Vaccination in Bombay 1889-1901 - 1889-1901
Year: 1889
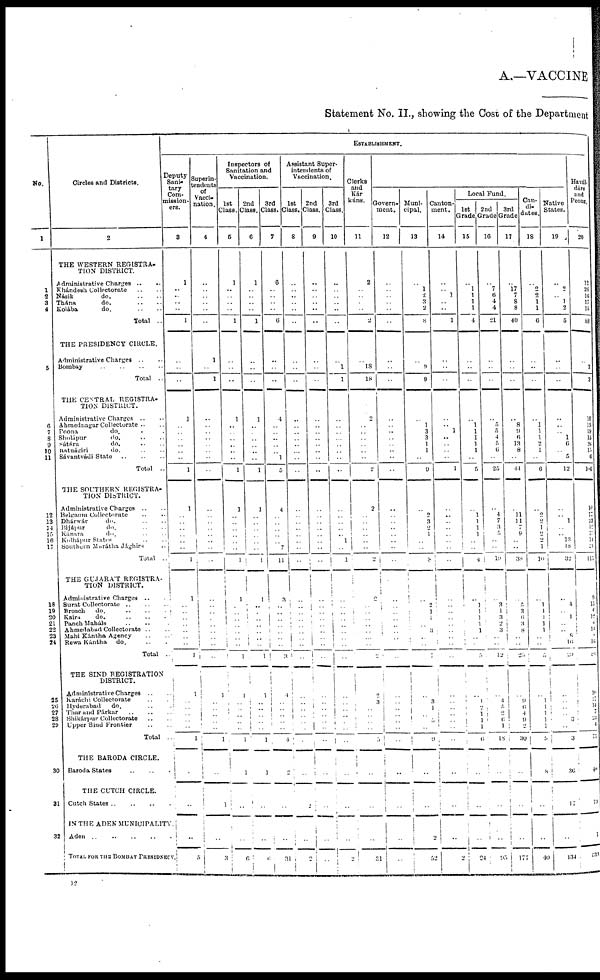
A.—VACCINE
Statement No. II., showing the Cost of the Department
No.
1
1
2
3
4
5
6
7
8
9
10
11
12
13
14
15
16
17
18
19
20
21
22
23
24
25
26 27
28
29
30
31
32
Circles and Districts.
2
THE WESTERN REGISTRA-
TION DISTRICT.
Administrative Charges
..
..
Khándesh Collectorate .. ..
Násik
do. .. ..
Thána
do. .. ..
Kolába
do. .. ..
Total
..
THE PRESIDENCY CIRCLE.
Administrative Charges .. ..
Bombay .. .. .. ..
Total
..
THE CENTRAL
REGISTRA-
TION DISTRICT.
Administrative Charges
.. ..
Ahmednagar Collectorate .. ..
Poona
do. .. ..
Sholápur
do. .. ..
Sátára
do. .. ..
Ratnágiri
do. .. ..
Sávantvádi State
..
..
..
Total
..
THE SOUTHERN REGISTRA-
TION DISTRICT.
Administrative Charges
.. ..
Belgaum Collectorate .. ..
Dhárwár
do. .. ..
Bijápur
do. .. ..
Kánara
do. .. ..
Kolhápur States .. ..
Southern Marátha Jághirs ..
Total
..
THE GUJARAT REGISTRA-
TION
DISTRICT.
Administrative Charges
.. ..
Surat Collectorate .. .. ..
Broach
do.
.. .. ..
Kaira
do.
..
..
..
Panch Maháls .. .. ..
Ahmedabad Collectorate .. ..
Mahi Kántha Agency .. ..
Rewa Kántha do. .. ..
Total
..
THE SIND REGISTRATION
DISTRICT.
Administrative Charges
.. ..
Karáchi Collectorate .. ..
Hyderabad do. .. ..
Thar and Párkar
..
..
..
Shikárpur Collectorate .. ..
Upper Sind Frontier .. ..
Total
...
THE BARODA CIRCLE.
Baroda States .. .. .
THE CUTCH CIRCLE.
Cutch States
..
..
..
.
IN THE ADEN MUNICIPALITY.
Aden .. .. .. .. .
TOTAL FOR THE BOMBAY PRESIDNECY.
ESTABLISHMENT.
Deputy
Sani-
tary
Com-
mission-
ers.
3
1
..
..
..
..
1
..
..
..
1
..
.. ..
.. ..
..
1
1
..
..
..
..
..
..
1
1
..
..
..
..
..
..
..
1
1
..
..
..
..
..
1
..
..
..
5
Superin-
tendents
of
Vacci-
nation.
4
..
..
..
..
..
..
1
..
1
..
..
.. ..
.. ..
..
..
..
..
..
..
..
..
..
..
..
..
..
..
..
..
..
..
..
1
..
..
..
..
..
1
..
1
..
3
Inspectors of
Sanitation and
Vaccination.
1st
Class.
5
1
..
..
..
..
1
..
..
..
1
..
.. ..
.. ..
..
1
1
..
..
..
..
..
..
1
1
..
..
..
..
..
..
..
1
1
..
..
..
..
..
1
1
..
..
6
2nd
Class.
6
1
..
..
..
..
1
..
..
..
1
..
.. ..
.. ..
..
1
1
..
..
..
..
..
..
1
1
..
..
..
..
..
..
..
1
1
..
..
..
..
..
1
1
..
..
6
3rd
Class.
7
6
..
..
..
..
6
..
..
..
4
..
.. ..
.. ..
1
5
4
..
..
..
..
.. 7
11
3
..
..
..
..
..
..
..
3
4
..
..
..
..
..
4
2
..
..
31
Assistant Super-
intendents of
Vaccination.
1st
Class.
8
..
..
..
..
..
..
..
..
..
..
..
.. ..
.. ..
..
..
..
..
..
..
..
..
..
..
..
..
..
..
..
..
..
..
..
..
..
..
..
..
..
..
..
2
..
2
2nd
Class.
9
..
..
..
..
..
..
..
..
..
..
..
.. ..
.. ..
..
..
..
..
..
..
..
..
..
..
..
..
..
..
..
..
..
..
..
..
..
..
..
..
..
..
..
..
..
..
3rd
Class.
10
..
..
..
..
..
..
..
1
1
..
..
.. ..
.. ..
..
..
..
..
.. ..
.. 1
..
1
..
..
..
..
..
..
..
..
..
..
..
..
..
..
..
..
..
..
..
2
Clerks
and
Kár
kúns.
11
2
..
..
..
..
2
..
18
18
2
..
.. ..
.. ..
..
2
2
..
..
..
..
.. ..
2
2
..
..
..
..
..
..
..
2
2
3
..
..
..
..
3
..
..
..
31
Govern-
ment.
12
..
..
..
..
..
..
..
..
..
..
..
.. ..
.. ..
..
..
..
..
.. ..
..
..
..
..
..
..
..
..
..
..
..
..
..
..
..
..
..
..
..
..
..
..
..
..
Muni-
cipal.
13
..
1
2
3
2
8
..
9
9
..
1
3
3
1
1
..
9
..
2
3
2
1
..
..
8
..
2 1
1 ..
3
..
..
7
..
3
1
..
5
..
9
..
..
2
52
Canton-
ment.
14
..
.. 1
..
..
1
..
..
..
..
.. 1
..
.. ..
..
1
..
.. ..
..
..
..
..
..
..
..
..
..
..
..
..
..
..
..
..
..
..
..
..
..
..
..
..
2
Local Fund.
1st
Grade
15
..
1
1
1
1
4
..
..
..
..
1
1
1
1
1
..
5
..
1
1
1
1
..
..
4
..
1
1
1 1
1
..
..
5
..
1
2 1
1
1
6
..
..
..
24
2nd
Grade
16
..
7
6
4
4
21
..
..
..
..
5
5 4
5 6
..
25
..
4
7
3
5
..
..
19
..
3
1
3 2
3
..
..
12
..
4
5
2 6
1
18
..
..
..
95
3rd
Grade
17
..
17
7
8
8
40
..
..
..
..
8
9 6
13
8
..
44
..
11
11
7
9
..
..
38
..
5
3
6 3
8
..
..
25
..
9
6
4
9
2
30
..
..
..
177
Can-
di-
dates.
18
..
2
2
1 1
6
..
..
..
..
1
1
1
2 1
..
6
..
2
2
1
2 2
1
10
..
1
1
1 1
1 ..
..
5
..
1
1
1
1
1
6
8
..
..
40
Native
States.
19
..
2
.. 1
2
5
..
..
..
..
..
.. 1
6
..
5
12
..
..
1
.. ..
13
18
32
..
4
..
1
..
..
8
16
29
..
..
..
..
3 ..
3
36
17
..
134
Havál-
dárs
and
Peons.
20
12
28
16
17
15
88
..
3
3
10
15
19 15
26 15
6
106
10
17
23
12
10
14
21
115
9
15
6
12
6 14
8
16
85
10
17 14
7
23
4
75
40
19
1
533
12